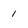
Character: 1